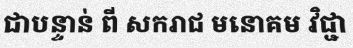
ជាបន្ទាន់ ពី សករាជ មនោគម វិជ្ជា